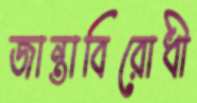
জান্তাবিরোধী